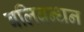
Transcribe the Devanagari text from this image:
बलिबन्धन